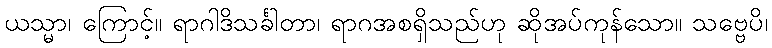
ယသ္မာ၊ ကြောင့်။ ရာဂါဒိသင်္ခါတာ၊ ရာဂအစရှိသည်ဟု ဆိုအပ်ကုန်သော။ သဗ္ဗေပိ၊